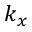
k _ { x }